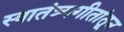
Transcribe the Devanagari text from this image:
स्वातंत्र्यगीतांतून